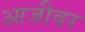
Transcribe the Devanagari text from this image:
आजीवर